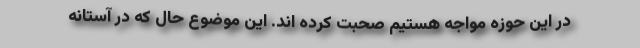
در این حوزه مواجه هستیم صحبت کرده اند. این موضوع حال که در آستانه